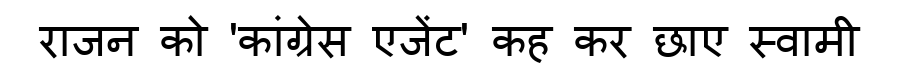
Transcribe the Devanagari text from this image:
राजन को 'कांग्रेस एजेंट' कह कर छाए स्वामी